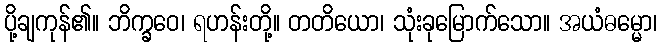
ပို့ချကုန်၏။ ဘိက္ခဝေ၊ ရဟန်းတို့။ တတိယော၊ သုံးခုမြောက်သော။ အယံဓမ္မော၊